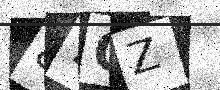
Text: 87QZ